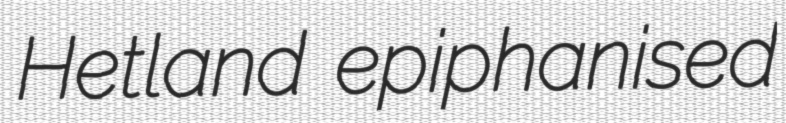
Hetland epiphanised